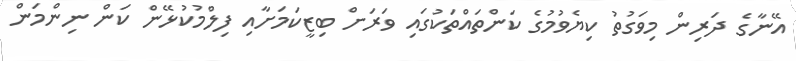
އޭނާގެ ދަރިން މިވަގުތު ކިޔެވުމުގެ ކަންތައްތަކުގައި ވަރަށް ބިޒީކަމަށާއި ފިލްމުކުޅޭން ކަން ނިންމަން